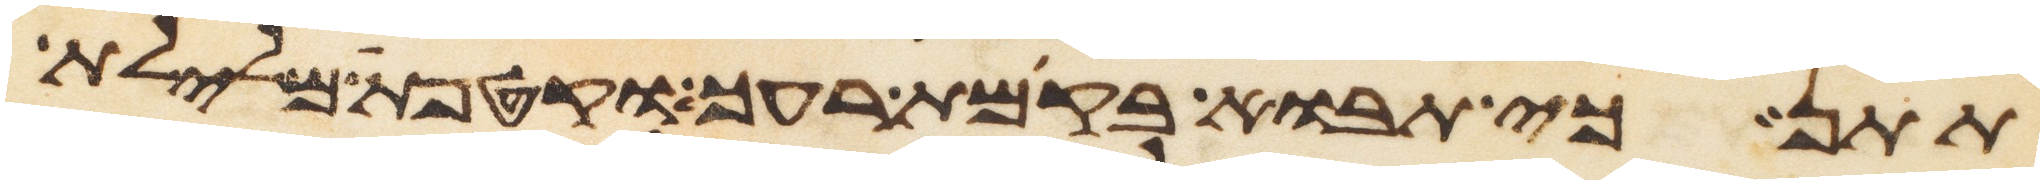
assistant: תתן כי תבוא בקמת רעך וקטפת מלילת